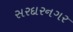
સરદારનગર